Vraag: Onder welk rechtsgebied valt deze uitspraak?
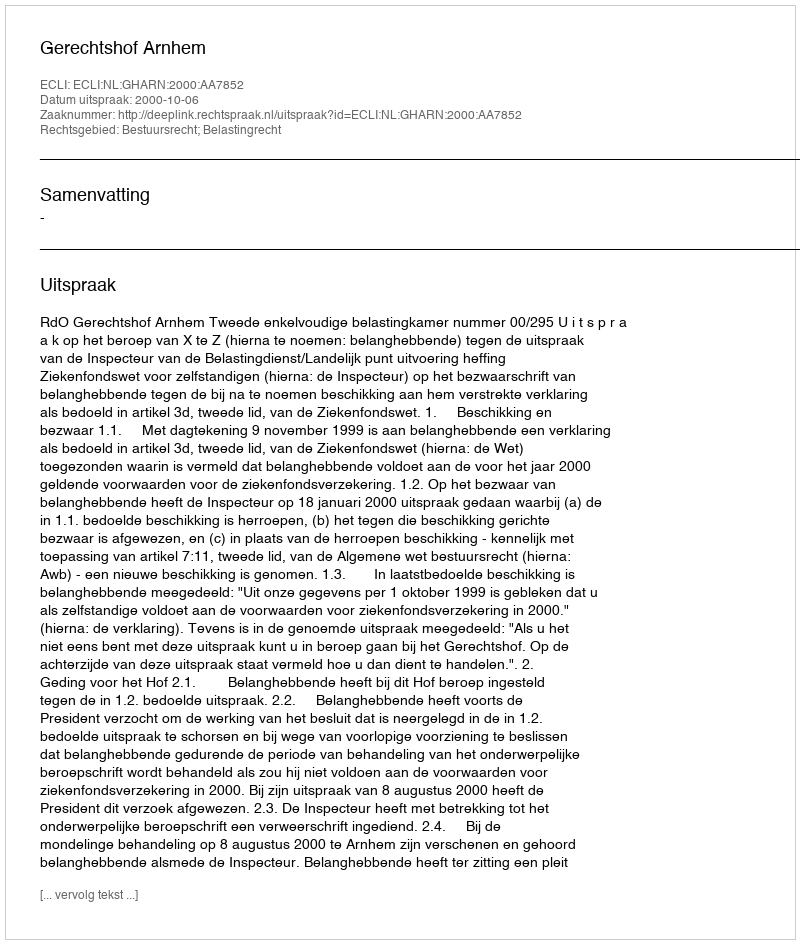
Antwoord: Bestuursrecht; Belastingrecht